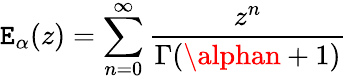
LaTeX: \mathtt{E}_{\alpha}(z)=\sum_{n=0}^{\infty}\frac{{z^{n}}}{{\Gamma(\alphan+1)}}